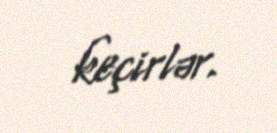
keçirlər.